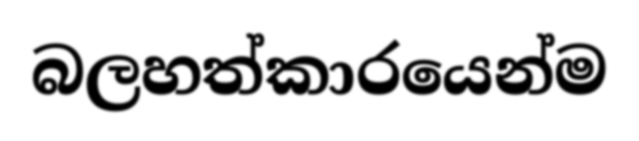
බලහත්කාරයෙන්ම